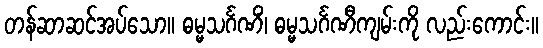
တန်ဆာဆင်အပ်သော။ ဓမ္မသင်္ဂဏိံ၊ ဓမ္မသင်္ဂဏီကျမ်းကို လည်းကောင်း။